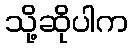
သို့ဆိုပါက